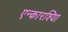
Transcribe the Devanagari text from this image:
एन्कारश्यिा